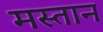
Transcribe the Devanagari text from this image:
मस्‍तान